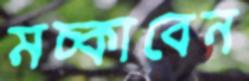
মচ্‌কাবেন